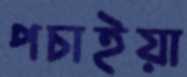
পচাইয়া